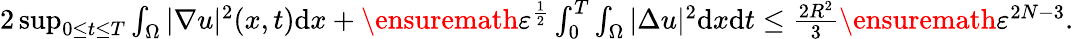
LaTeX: \begin{array}{r}{{2}\operatorname*{sup}_{0\leq t\leq T}\int_{\Omega}|\nabla u|^{2}(x,t)\mathrm{d}x+\ensuremath{\varepsilon}^{\frac{1}{2}}\int_{0}^{T}\int_{\Omega}|\Delta u|^{2}\mathrm{d}x\mathrm{d}t\leq\frac{2R^{2}}{3}\ensuremath{\varepsilon}^{2N-3}.}\end{array}